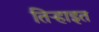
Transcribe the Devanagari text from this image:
तिऱ्हाइत